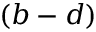
( b - d )